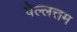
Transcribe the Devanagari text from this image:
वेल्लत्तम